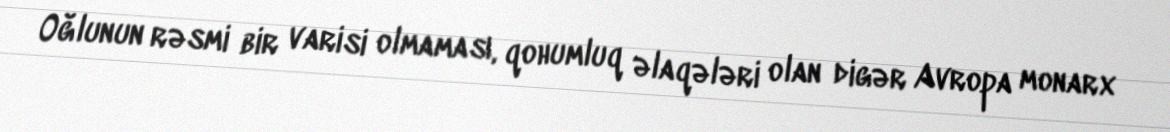
Oğlunun rəsmi bir varisi olmaması, qohumluq əlaqələri olan digər Avropa monarx